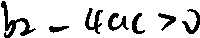
b 2 - 4 a c > 0